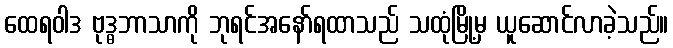
ထေရဝါဒ ဗုဒ္ဓဘာသာကို ဘုရင်အနော်ရထာသည် သထုံမြို့မှ ယူဆောင်လာခဲ့သည်။